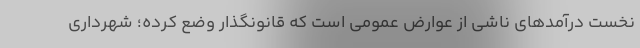
نخست درآمدهای ناشی از عوارض عمومی است که قانونگذار وضع کرده؛ شهرداری